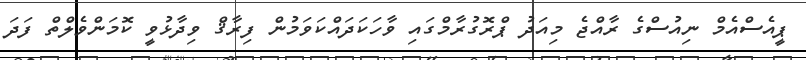
ޕީއެސްއެމް ނިއުސްގެ ރާއްޖެ މިއަދު ޕްރޮގުރާމްގައި ވާހަކަދައްކަވަމުން ފިރާޤް ވިދާޅުވީ ކޮމަންވެލްތް ފަދަ